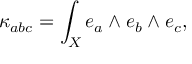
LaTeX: \kappa _ { a b c } = \int _ { X } e _ { a } \wedge e _ { b } \wedge e _ { c } ,